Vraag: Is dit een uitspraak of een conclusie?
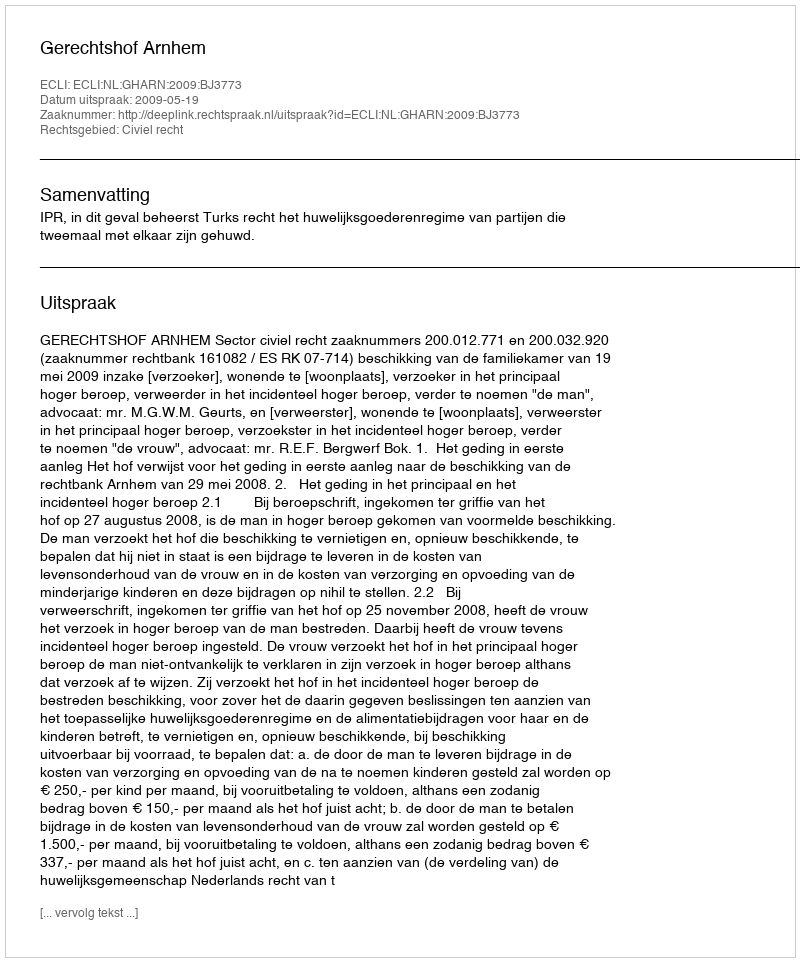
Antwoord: Uitspraak